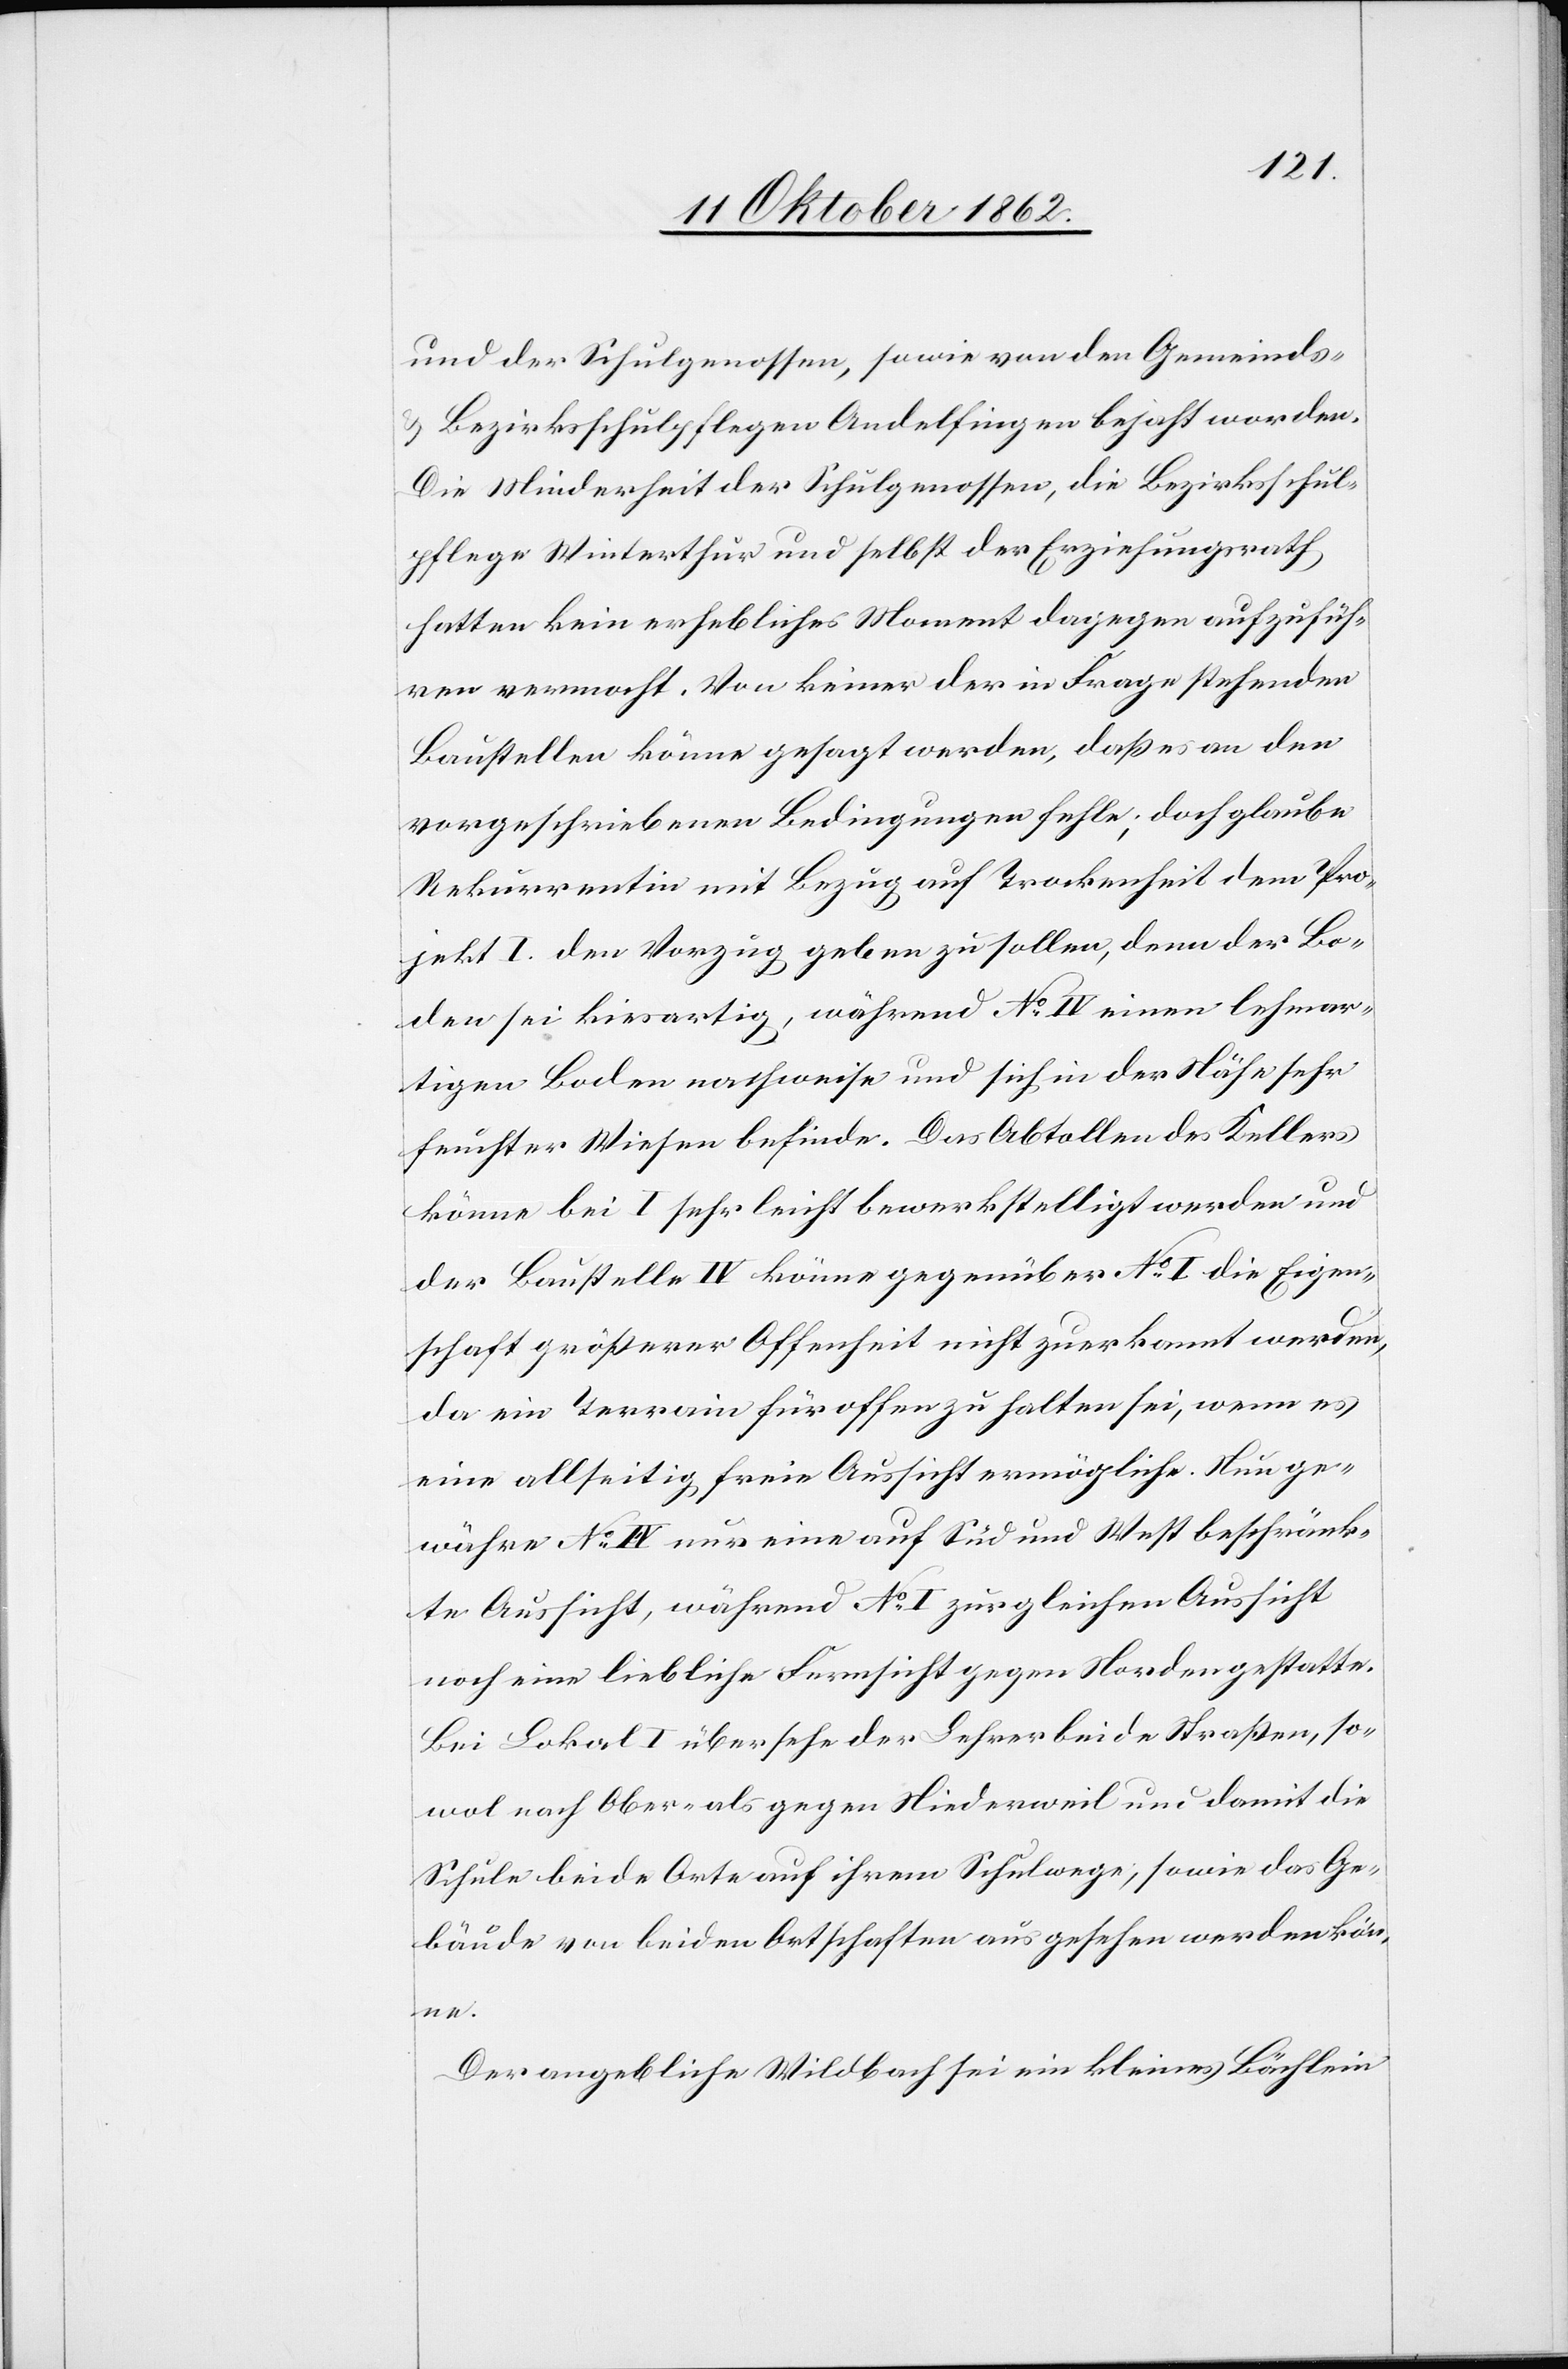
und der Schulgenossen, sowie von den Gemeinds-
u. Bezirksschulpflegen Andelfingen bejaht worden.
Die Minderheit der Schulgenossen, die Bezirksschul¬
pflege Winterthur und selbst der Erziehungsrath
hatten kein erhebliches Moment dagegen aufzufüh¬
ren vermocht. Von keiner der in Frage stehenden
Baustellen könne gesagt werden, daß es an den
vorgeschriebenen Bedingungen fehle; doch glaubt
Rekurrentin mit Bezug auf Trockenheit dem Pro¬
jekt I den Vorzug geben zu sollen, denn der Bo¬
den sei kiesartig, während No IV einen lehmar¬
tigen Boden nachweise u. sich in der Nähe sehr
fruchter Wiesen befinde. Das Abtollen des Kellers
könne bei I sehr leicht bewerkstelligt werden und
der Baustelle IV könne gegenüber No I die Eigen¬
schaft größerer Offenheit nicht zuerkannt werden,
da ein Terrain für offen zu halten sei, wenn es
eine allseitig freie Aussicht ermögliche. Nun ge¬
währe No IV nur eine auf Süd und Westen beschränk¬
te Aussicht, während No I zur gleichen Aussicht
noch eine liebliche Fernsicht gegen Norden gestatte.
Bei Lokal I über sehe der Lehrer beide Straßen, so¬
wol nach Ober- als nach Niederweil und damit die
Schule beide Orte auf ihrem Schulwege, sowie das Ge¬
bäude von beiden Ortschaften aus gesehen werden kön¬
ne.
Der angebliche Wildbach sei ein kleines Bächlein